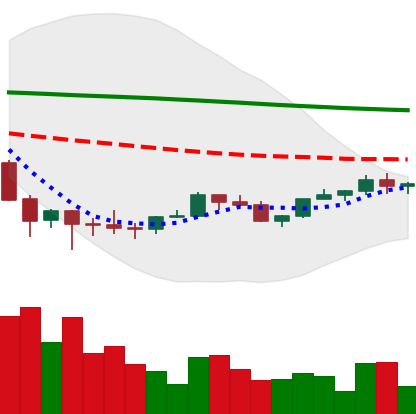
Ticker: LINK-USD
Chart end date: 2022-02-09
Forward return: -14.498%
Label: down_7plus